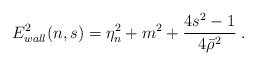
LaTeX: \begin{align*}E_{wall}^2(n,s)=\eta_n^2+m^2+\frac{4s^2-1}{4\bar{\rho}^2}\;.\end{align*}